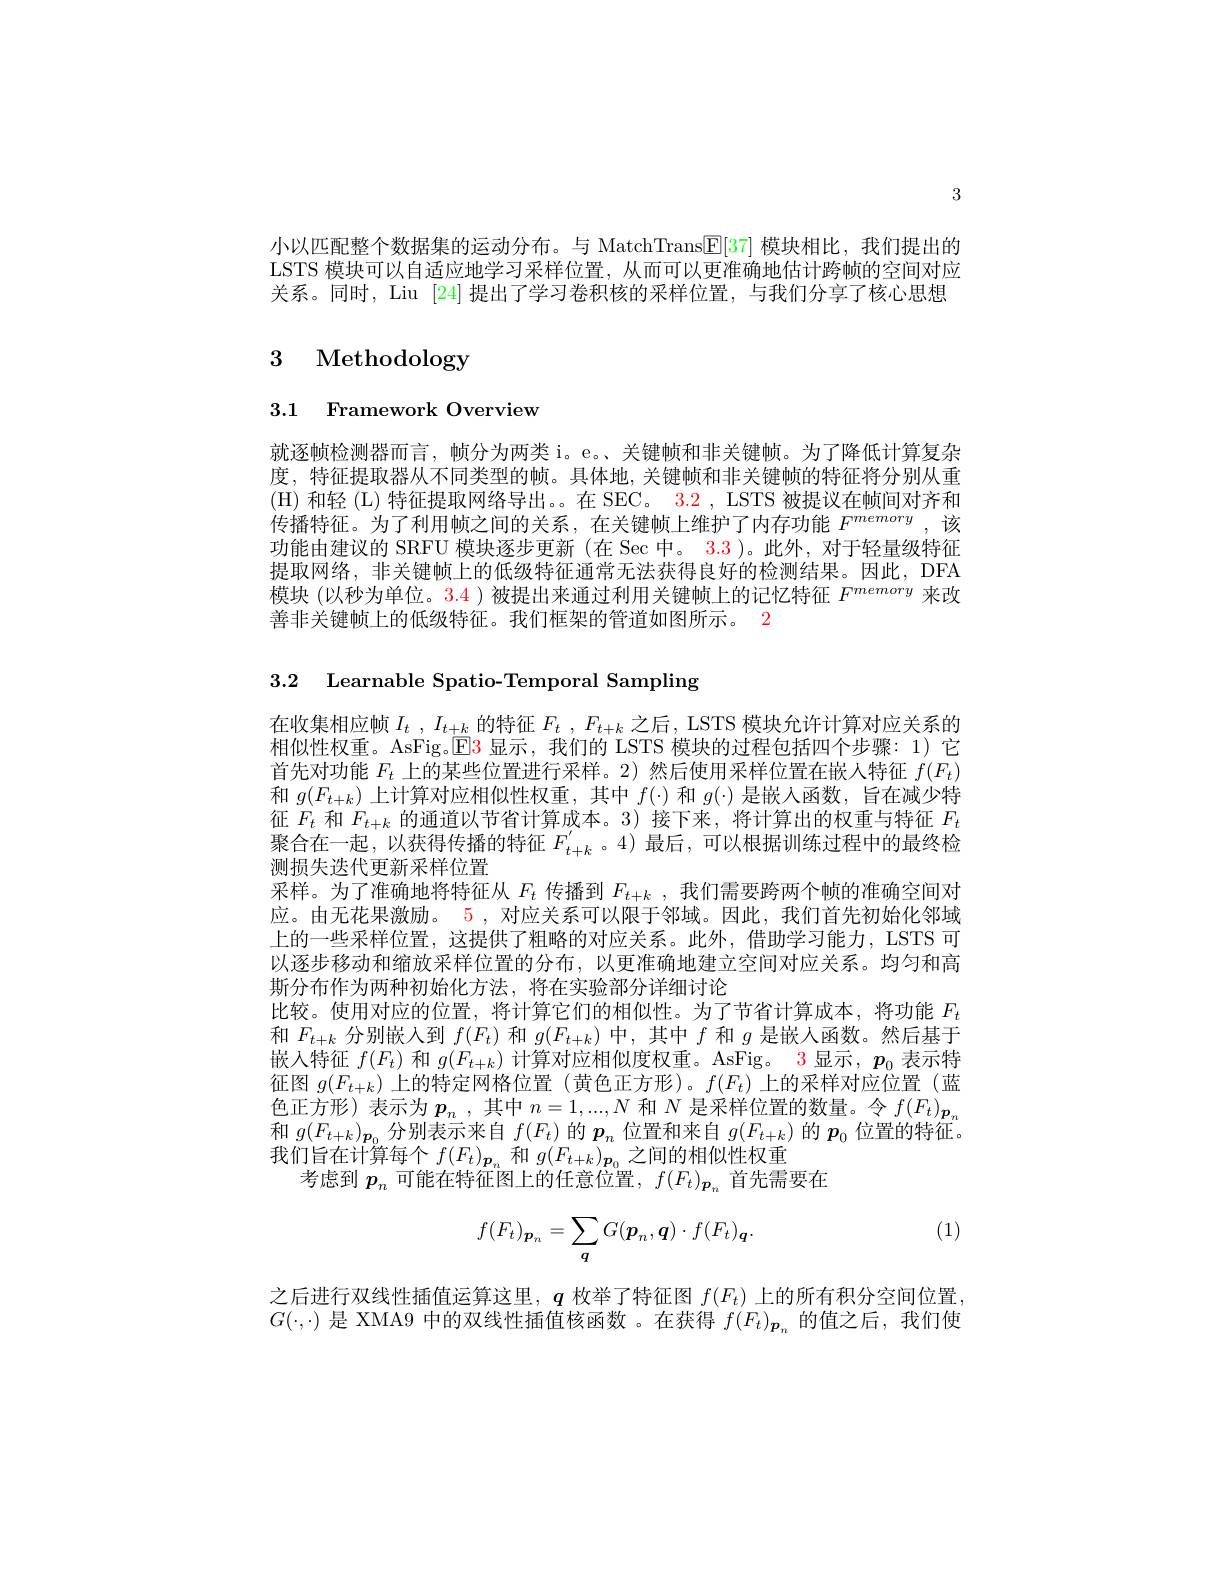
3

小以匹配整个数据集的运动分布。与 MatchTrans$\boxed{\mathrm{E}[37]\text{ 模块相比，我们提出的}}$ LSTS 模块可以自适应地学习采样位置，从而可以更准确地估计跨帧的空间对应关系。同时，Liu [24] 提出了学习卷积核的采样位置，与我们分享了核心思想

# 3 Methodology

3.1 Framework Overview

就逐帧检测器而言，帧分为两类 i。e。、关键帧和非关键帧。为了降低计算复杂度，特征提取器从不同类型的帧。具体地，关键帧和非关键帧的特征将分别从重(H) 和轻 (L) 特征提取网络导出。。在 SEC。3.2 , LSTS 被提议在帧间对齐和传播特征。为了利用帧之间的关系，在关键帧上维护了内存功能$F^{memory}$,该功能由建议的 SRFU 模块逐步更新 (在 Sec 中。3.3 )。此外，对于轻量级特征提取网络，非关键帧上的低级特征通常无法获得良好的检测结果。因此，DFA 模块 (以秒为单位。3.4 )被提出来通过利用关键帧上的记忆特征$F^{memory}$来改善非关键帧上的低级特征。我们框架的管道如图所示。2

3.2 Learnable Spatio-Temporal Sampling

在收集相应帧$I_t$ $, I_{t+ \underline {k}}$的特征 $F_t$ $, F_{t+ k}$ 之后，LSTS 模块允许计算对应关系的相似性权重。AsFig。E3 显示，我们的 LSTS 模块的过程包括四个步骤：1)它首先对功能$F_t$上的某些位置进行采样。2)然后使用采样位置在嵌入特征$f(F_t)$ 和$g(F_{t+k})$上计算对应相似性权重，其中$f(\cdot)$和$g(\cdot)$是嵌入函数，旨在减少特征$F_t$和$F_{t+k}$的通道以节省计算成本。3) 接下来，将计算出的权重与特征$F_t$ 聚合在一起，以获得传播的特征$F_{t+k}^{^{\prime}}$。4)最后，可以根据训练过程中的最终检测损失迭代更新采样位置
采样。为了准确地将特征从$F_t$传播到$F_t+k$ ,我们需要跨两个帧的准确空间对应。由无花果激励。5 , 对应关系可以限于邻域。因此，我们首先初始化邻域上的一些采样位置，这提供了粗略的对应关系。此外，借助学习能力，LSTS 可以逐步移动和缩放采样位置的分布，以更准确地建立空间对应关系。均匀和高斯分布作为两种初始化方法，将在实验部分详细讨论
比较。使用对应的位置，将计算它们的相似性。为了节省计算成本，将功能$F_t$ 和$F_{t+k}$分别嵌人到$f(F_t)$和$g(F_{t+k})$中，其中$f$和$g$是嵌入函数。然后基于嵌入特征$f(F_t)$和$g(F_t+k)$计算对应相似度权重。AsFig。3 显示，$p_0$表示特征图$g(F_{t+k})$上的特定网格位置 (黄色正方形)。$f(F_t)$上的采样对应位置(蓝色正方形)表示为$\boldsymbol{p}_n$ ,其中$n=1,...,N$和$N$是采样位置的数量。令$f(F_t)_{\boldsymbol{p}_n}$ 和$g(F_{t+k})_{\boldsymbol{p}_0}$分别表示来自$f(F_t)$的$p_n$位置和来自$g(F_t+k)$的$p_0$位置的特征我们旨在计算每个$f(F_t)_{\boldsymbol{p}_n}$和$g(F_{t+k})_{\boldsymbol{p}_0}$之间的相似性权重
考虑到$p_n$可能在特征图上的任意位置，$f(F_t)_{\boldsymbol{p}_n}$首先需要在
$$f(F_t)_{\boldsymbol{p}_n}=\sum_{\boldsymbol{q}}G(\boldsymbol{p}_n,\boldsymbol{q})\cdot f(F_t)_{\boldsymbol{q}}.$$
(1)

之后进行双线性插值运算这里，$q$枚举了特征图$f(F_t)$上的所有积分空间位置$G(\cdot,\cdot)$是 XMA9 中的双线性插值核函数 。在获得$f(F_{t})_{\boldsymbol{p}_{n}}$的值之后，我们使